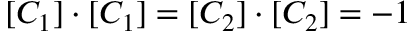
[ C _ { 1 } ] \cdot [ C _ { 1 } ] = [ C _ { 2 } ] \cdot [ C _ { 2 } ] = - 1